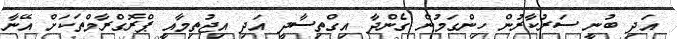
އަދި ބުނީ ސަރުކާރުން ހިންގަމުން ގެންދާ އިގްތިސާދީ އަދި އިޖުތިމާއީ ޕްރޮގްރާމްތަކަށް އޭނާ